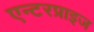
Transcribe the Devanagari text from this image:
एन्टरप्राइज